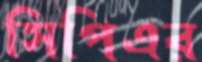
সিপিএর